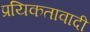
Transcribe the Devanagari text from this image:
प्रयिकतावादी